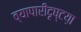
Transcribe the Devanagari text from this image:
व्यापारीदृष्टय़ा